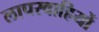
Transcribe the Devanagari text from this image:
लापरवाहियों